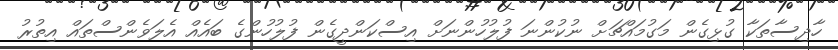
ހާދިސާތަކާ ގުޅިގެން މަގުމައްޗަށް ނުކުންނަ ފުލުހުންނަށް އިސްކަންދީގެން ފުލުހުންގެ ބައެއް އެލަވެންސްތައް އިތުރު